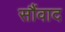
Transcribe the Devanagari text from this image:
सौंवाद